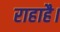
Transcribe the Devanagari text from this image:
राहाहै।